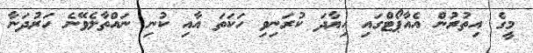
މީގެ އިތުރުން އެއާޕޯޓްގައި އިޔާދަ ކުރަނިވި ހަކަތަ އާއި ކުނި ނައްތާލެވޭނެ ހަރުދަނާ